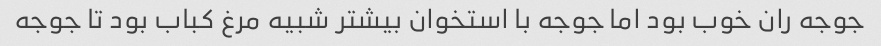
جوجه ران خوب بود اما جوجه با استخوان بیشتر شبیه مرغ کباب بود تا جوجه